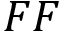
F F